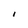
Character: l